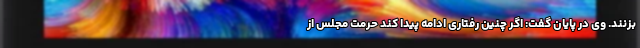
بزنند. وی در پایان گفت: اگر چنین رفتاری ادامه پیدا کند حرمت مجلس از